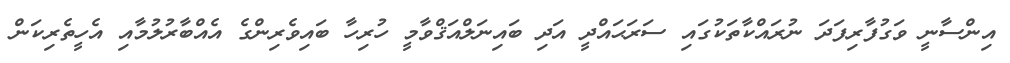
އިންސާނީ ވަގުފާރިފަދަ ނުރައްކާތަކުގައި ސަރަޙައްދީ އަދި ބައިނަލްއަޤްވާމީ ހުރިހާ ބައިވެރިންގެ އެއްބާރުލުމާއި އެހީތެރިކަން